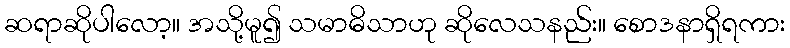
ဆရာဆိုပါလော့။ အသို့မူ၍ သမာဓိသာဟု ဆိုလေသနည်း။ စောဒနာရှိရကား